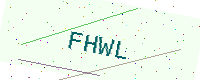
Text: FHWL